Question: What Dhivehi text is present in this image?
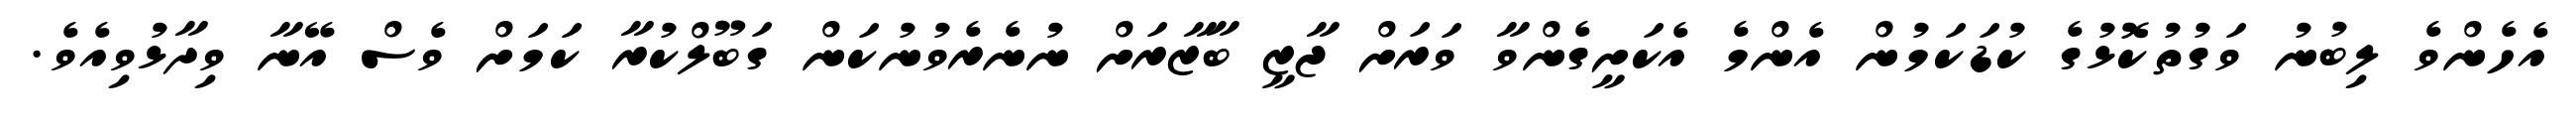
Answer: އެހެންވެ ލިބުނު ވަގުތުކޮޅުގެ ކުޑަކަމުން އެންމެ އެކަށީގެންވާ ވަރަށް ޖާޒީ ބާޒާރަށް ނުނެރެވުނުކަން ގަބޫލްކުރާ ކަމަށް ވެސް އޭނާ ވިދާޅުވިއެވެ.